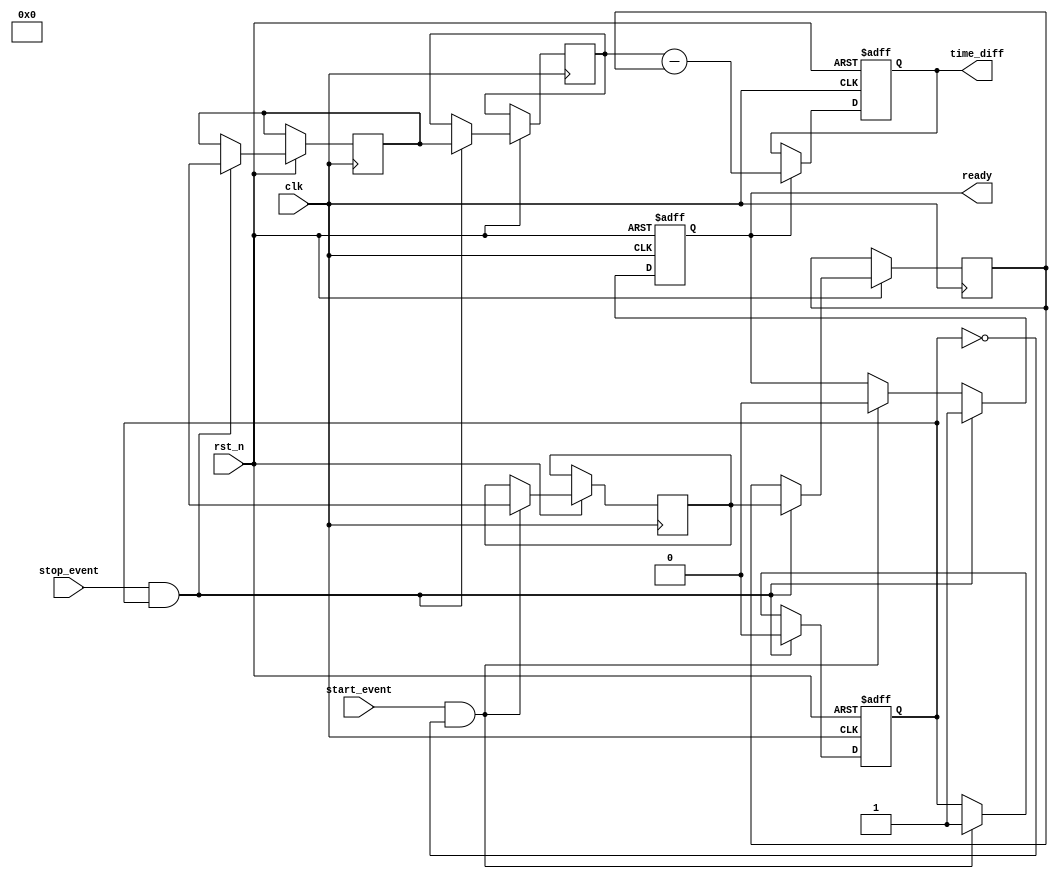
module hybrid_tdc (
    input wire clk,              // High frequency clock
    input wire rst_n,            // Active low reset
    input wire start_event,      // Start event signal
    input wire stop_event,       // Stop event signal
    output reg [31:0] time_diff, // Time difference output
    output reg ready             // Indicates that measurement is ready
);

// Internal registers
reg [31:0] start_timestamp;
reg [31:0] stop_timestamp;
reg capturing;                  // Capture state
reg [31:0] memory_array [0:1];  // Dual-port memory for timestamps (simple example with 2 entries)

// Event Capture Logic
always @(posedge clk or negedge rst_n) begin
    if (!rst_n) begin
        capturing <= 1'b0;
        ready <= 1'b0;
    end else begin
        // Capture start timestamp
        if (start_event && !capturing) begin
            start_timestamp <= $time; // Capture current time (use a proper method to capture the clock counter)
            capturing <= 1'b1;
            ready <= 1'b0; // Reset ready signal
        end
        // Capture stop timestamp
        if (stop_event && capturing) begin
            stop_timestamp <= $time; // Capture current time
            memory_array[0] <= start_timestamp; // Store in memory
            memory_array[1] <= stop_timestamp;  // Store in memory
            capturing <= 1'b0; // Reset capturing state
            ready <= 1'b1;  // Indicate that measurement is ready
        end
    end
end

// Time Difference Calculation
always @(posedge clk or negedge rst_n) begin
    if (!rst_n) begin
        time_diff <= 32'd0;
    end else if (ready) begin
        time_diff <= memory_array[1] - memory_array[0]; // Calculate time difference
    end
end

// Output logic (optional for timing)
always @(posedge clk) begin
    if (ready) begin
        // Further processing can be done here for digital output interface
        // E.g., SPI, I2C, etc.
    end
end

endmodule